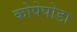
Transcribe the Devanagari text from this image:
कोपेपोडा